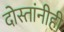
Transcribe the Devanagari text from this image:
दोस्तांनीही